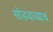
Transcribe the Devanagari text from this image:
सोडवाव्याच